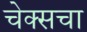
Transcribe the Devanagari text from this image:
चेक्सचा